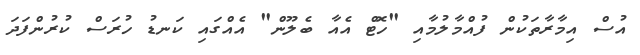
އުސް އިމާރާތަކުން ފުއްމާލުމާއި "ހޮޓް އެއާ ބެލޫން" އެއްގައި ކަނޑު ހުރަސް ކުރުންފަދަ